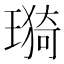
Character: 𤨦